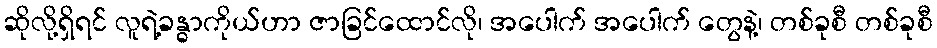
ဆိုလို့ရှိရင် လူရဲ့ခန္ဓာကိုယ်ဟာ ဇာခြင်ထောင်လို၊ အပေါက် အပေါက် တွေနဲ့၊ တစ်ခုစီ တစ်ခုစီ